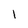
Character: 1